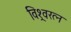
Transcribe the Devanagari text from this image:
विश्र्वरत्न